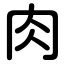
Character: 肉